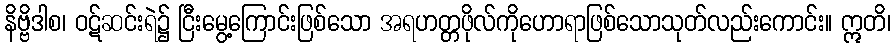
နိဗ္ဗိဒါစ၊ ဝဋ်ဆင်းရဲ၌ ငြီးမွေ့ကြောင်းဖြစ်သော အရဟတ္တဖိုလ်ကိုဟောရာဖြစ်သောသုတ်လည်းကောင်း။ ဣတိ၊